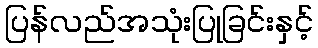
ပြန်လည်အသုံးပြုခြင်းနှင့်